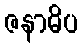
ဇနာဓိပ